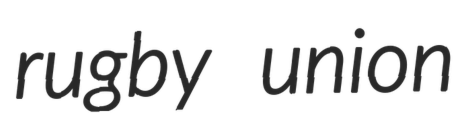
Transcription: rugby union